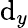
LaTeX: \mathrm{d}_{y}